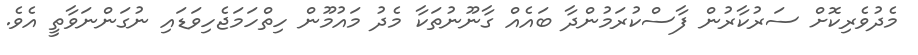
މެދުވެރިކޮށް ސަރުކާރުން ފާސްކުރަމުންދާ ބައެއް ގާނޫނުތަކާ މެދު މައުމޫން ހިތްހަމަޖެހިވަޑައި ނުގަންނަވާތީ އެވެ.